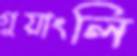
গুয়াংলি